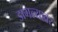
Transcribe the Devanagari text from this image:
डागल्यावर